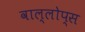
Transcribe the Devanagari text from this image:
वाल्लोप्स